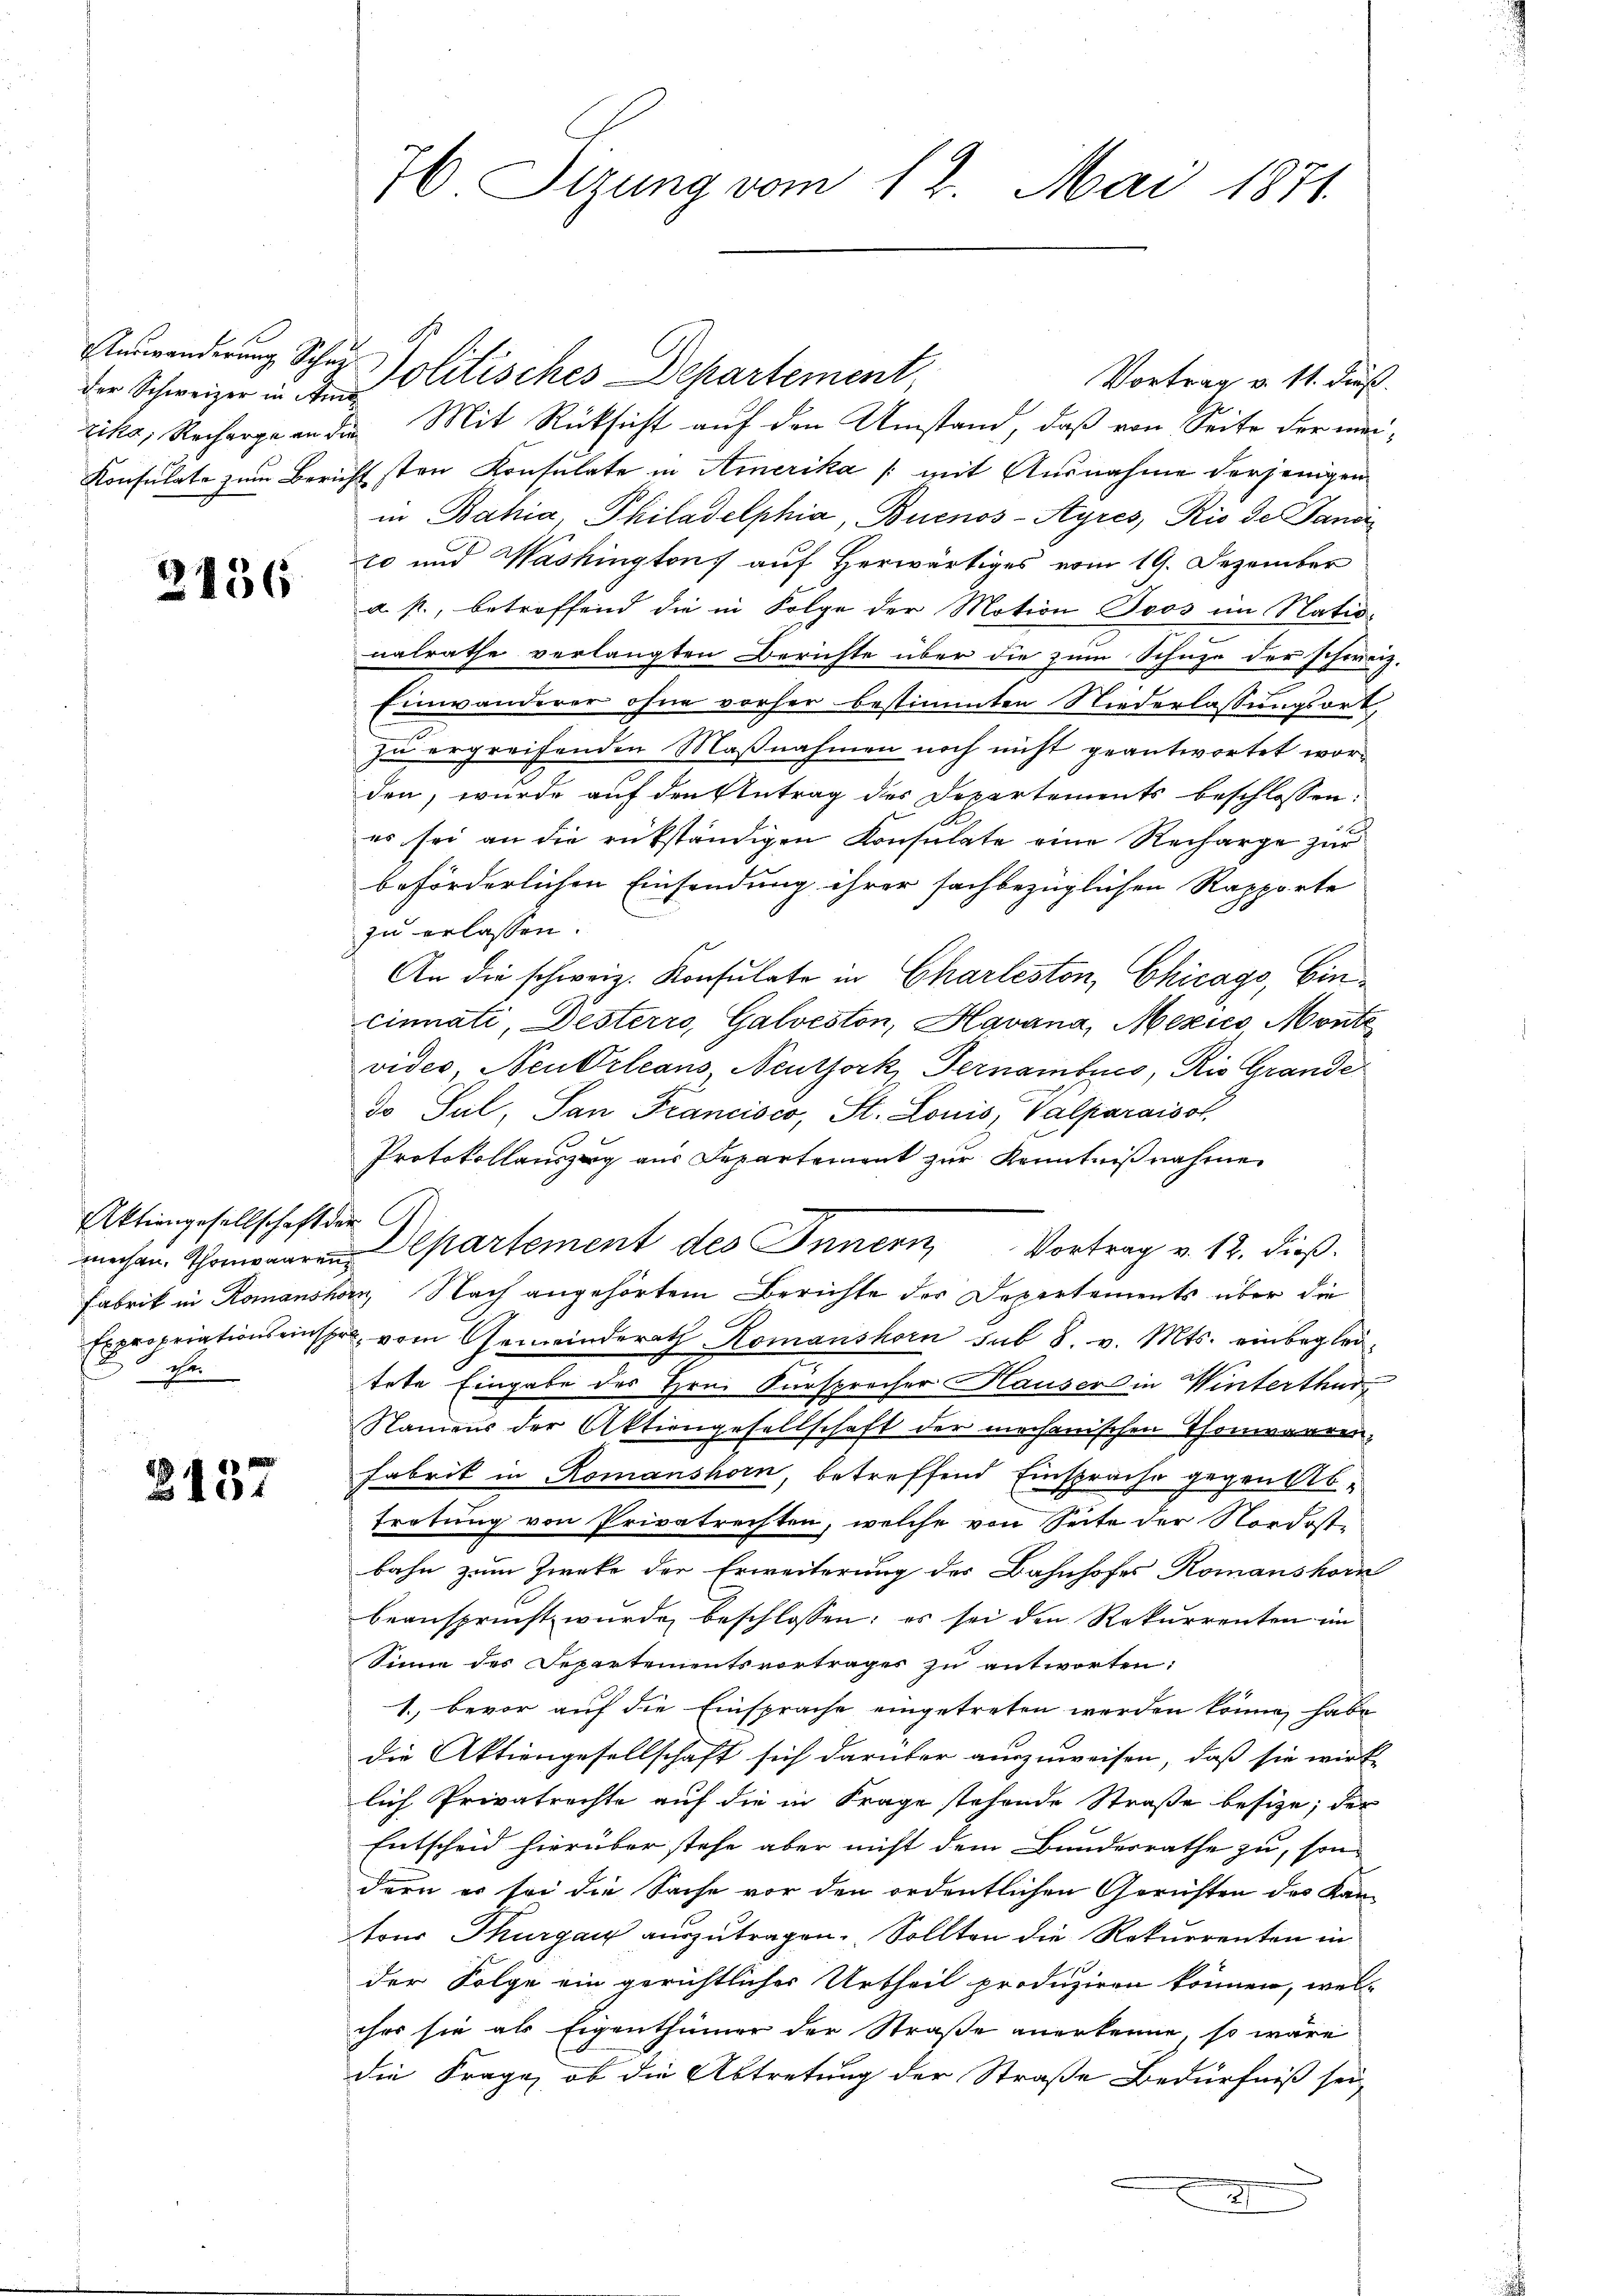
der Schweizer in Ame¬

2136

Aktiengesellschaft der C.
 ihn

2437

Vortrag v. 11. dieß.
riks, Recharge an die Mit Rücksicht auf den Umstand, daß von Seite der mei¬
Konsulate zum Berichtsten Konsulate in Amerika /: mit Ausnahme derjenigen
in Bahia Philadelphia, Buenos-Ayres, Rio de Janci
10 und Washington auf herwärtiges vom 19. Dezember
a. p., betreffend die in Folge der Motion Joos im Nationalrathe verlangten Berichte über die zum Schuze der schweiz.
Einwanderer ohne vorher bestimmten Niederlassungsort,
zu ergreifenden Maßnahmen noch nicht geantwortet worden, wurde auf den Antrag des Departements beschlossen:
es sei an die rükständigen Konsulate eine Recharge zur
beförderlichen Einsendung ihrer sachbezüglichen Rapporte
zu erlassen.
An die schweiz. Konsulate in Charleston, Chicago, bincinnati, Desterro, Galveston, Havana, Mexics, Monte
video Neubrleans, Neuthork Gernomburg, Rio Grande
do Sul, Pan Francisco, St. Louis, Valparaisol
Protokollauszug aus Departement zur Kenntnißnahme.
machen. Thomenaren Departement des Innern Vortrag v. 12. dieß¬
Fabrik in Romanshorn, Nach angehörtem Berichte der Departements über die
Expropriationseinsere vom Gemeinderath Komanshorn sub 8. v. Mts. einbeglei
tete Eingabe des Hrn. Fürsprecher Hauser in Winterthur
Namens der Aktiengesellschaft der mechanischen Thonwaaren,
Fabrik in Romanshorn, betreffend Einsprache gegen Abtretung von Privatrechten, welche von Seite der Nordostbahn zum Zwecke der Erweiterung des Bahnhofes Komanshorn
beansprucht wurde beschlossen; es sei den Rekurrenten im
Sinne des Departementsvortrages zu antworten:
1., bevor auf die Einsprache eingetreten werden könne, habe
die Aktiengesellschaft sich darüber auszuweisen, daß sie wirk
lich Privatrechte auf die in Frage stehende Straße besize; der
Entscheid hierüber stehe aber nicht dem Bundesrathe zu, sondern er sei die Sache vor den ordentlichen Gerichten des Kantons Thurgau auszutragen. Sollten die Rekurrenten in
der Folge ein gerichtliches Urtheil produziren können, wel-
ches sie als Eigenthümer der Straße anerkenne, so wäre
die Frage, ob die Abtretung der Straße Bedürfniß sei,
x

76. Stzung vom 12. Mai 1871.

Answanderung Scher Politisches Departement,